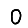
Digit: 0